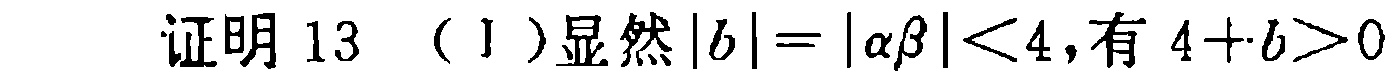
证明 13 （1）显然\(|b| = |\alpha\beta| < 4\)，有\(4 + b > 0\)